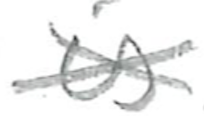
Text: is
Cross-out: mix
Writing tool: pencil